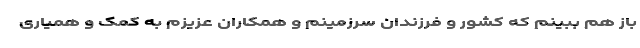
باز هم ببینم که کشور و فرزندان سرزمینم و همکاران عزیزم به کمک و همیاری